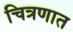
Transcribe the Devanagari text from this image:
चित्रणात